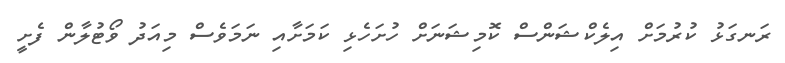
ރަނގަޅު ކުރުމަށް އިލެކްޝަންސް ކޮމިޝަނަށް ހުށަހެޅި ކަމަށާއި ނަމަވެސް މިއަދު ވޯޓުލާން ފެށީ